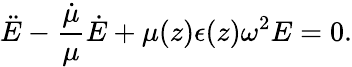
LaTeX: \ddot{E}-\frac{\dot{\mu}}{\mu}\dot{E}+\mu(z)\epsilon(z)\omega^{2}E=0.